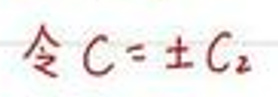
令\(C = \pm C_2\)